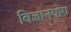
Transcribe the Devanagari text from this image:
विज्ञानयोग